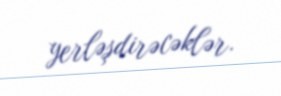
yerləşdirəcəklər.